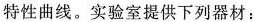
特性曲线。实验室提供下列器材：